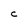
Character: C